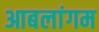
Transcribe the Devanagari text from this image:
आबलांगम